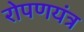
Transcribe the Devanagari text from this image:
रोपणयंत्र